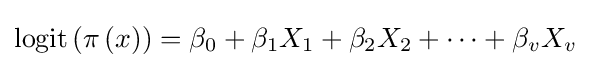
\mathrm {logit} \left(\pi \left(x\right)\right)=\beta _{0}+\beta _{1}X_{1}+\beta _{2}X_{2}+\dots +\beta _{v}X_{v}